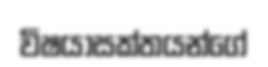
විෂයාසක්තයන්ගේ